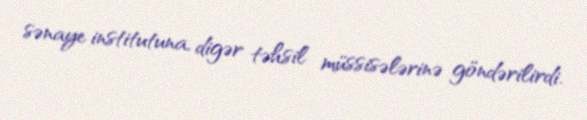
sənaye institutuna, digər təhsil müssisələrinə göndərilirdi.